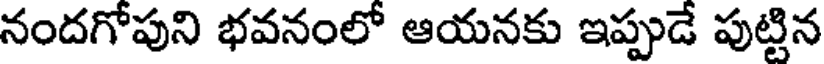
నందగోపుని భవనంలో ఆయనకు ఇప్పుడే పుట్టిన